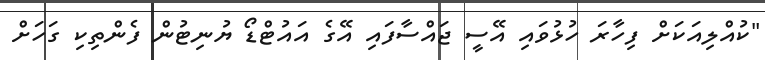
"ކުއްލިއަކަށް ފިހާރަ ހުޅުވައި އޭސީ ޖައްސާފައި އޭގެ އައުޓްޑޯ ޔުނިޓުން ފެންތިކި ގަހަށް